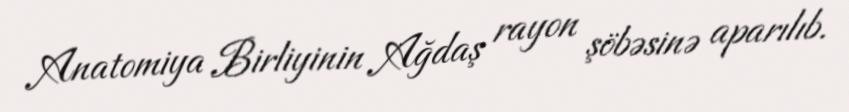
Anatomiya Birliyinin Ağdaş rayon şöbəsinə aparılıb.